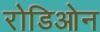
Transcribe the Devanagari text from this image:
रोडिओन